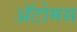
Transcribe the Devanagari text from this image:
अॅटोमस